Vaccination in Bombay 1902-1912 - 1902-1912
Year: 1902
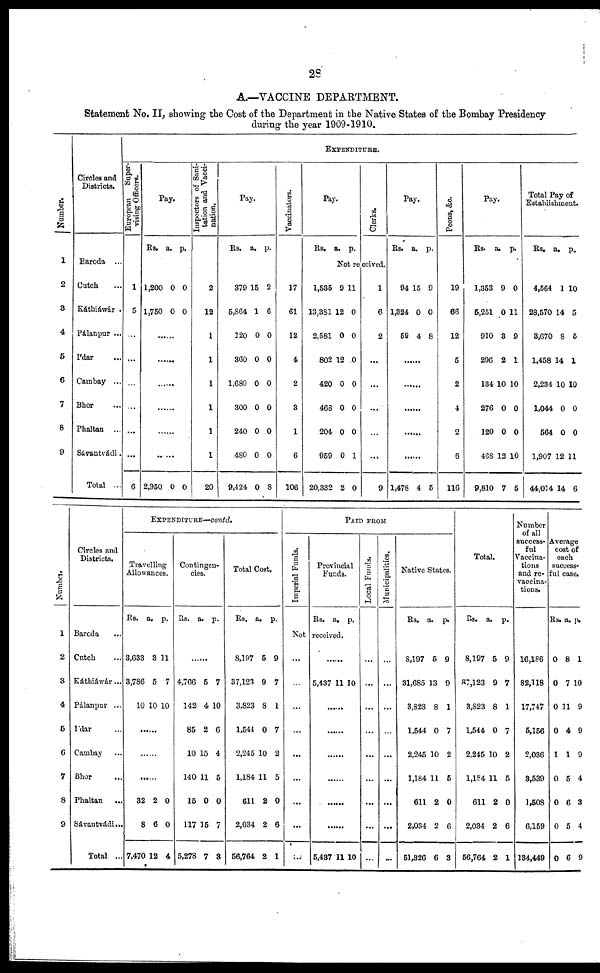
28
A.—VACCINE DEPARTMENT.
Statement No. II, showing the Cost of the Department in the Native States of the Bombay Presidency
during the year 1909-1910.
Number.
1
2
3
4
5
6
7
8
9
Circles and
Districts.
Baroda ...
Cutch ...
Káthiáwár .
Pálanpur ...
I'dar ...
Cambay ...
Bbor ...
Phaltan ...
Sávantvádi.
Total ...
EXPENDITURE.
European
Super-
vising Officers.
1
5
...
...
...
...
...
...
6
Pay.
Rs. a. p.
1,200
1,750
0
0
0
0
......
......
......
......
......
......
2,950 0 0
Inspectors of Sani-
tation and Vacci-
nation.
2
12
1
1
1
1
1
1
20
Pay.
Rs. a. p.
379
5,864
120
360
1,680
300
240
480
9,424
15
1
0
0
0
0
0
0
0
2
6
0
0
0
0
0
0
8
Vaccinators.
17
61
12
4
2
3
1
6
106
Pay.
Rs. a. p.
Clerks.
Not received.
1,535
13,381
2,581
802
420
468
204
959
20,332
9
12
0
12
0
0
0
0
2
11
0
0
0
0
0
0
1
0
1
6
2
...
...
...
...
...
9
Pay.
Rs. a. p.
94
1,324
59
15
0
4
9
0
8
......
......
......
......
......
1,478 4 5
Peons, &c.
19
66
12
5
2
4
2
6
116
Pay.
Rs. a. p.
1,353
5,251
910
296
134
276
120
468
9,810
9
0
3
2
10
0
0
12
7
0
11
9
1
10
0
0
10
5
Total Pay of
Establishment.
Rs. a. p.
4,564
28,570
3,670
1,458
2,234
1,044
564
1,907
44,014
1
14
8
14
10
0
0
12
14
10
5
5
1
10
0
0
11
6
Number.
1
2
3
4
5
6
7
8
9
Circles and
Districts.
Baroda ...
Cutch ...
Káthiáwár...
Pálanpur ...
I'dar ...
Cambay ...
Bhor ...
Phaltan
...
Sávantvádi...
Total ...
EXPENDITURE—contd.
Travelling
Allowances.
Rs.
a. p.
3,633
3,786
10
3
5
10
11
7
10
......
......
......
32
8
7,470
2
6
12
0
0
4
Contingen-
cies.
Rs. a. p.
......
4,766
142
85
10
140
15
117
5,278
5
4
2
15
11
0
15
7
7
10
6
4
5
0
7
3
Total Cost.
Rs. a. p.
8,197
37,123
3,823
1,544
2,245
1,184
611
2,034
56,764
5
9
8
0
10
11
2
2
2
9
7
1
7
2
5
0
6
1
PAID FROM
Imperial Funds.
Provincial
Funds.
Rs. a. p.
Not received.
...
...
...
...
...
...
...
...
...
......
5,437 11 10
......
......
......
......
......
......
5,487 11 10
Local Funds.
...
...
...
...
...
...
...
...
...
Municipalities.
...
...
...
...
...
...
...
...
...
Native States.
Rs. a. p.
8,197
31,685
3,823
1,544
2,245
1,184
611
2,034
51,326
5
13
8
0
10
11
2
2
6
9
9
1
7
2
5
0
6
3
Total.
Rs. a. p.
8,197
37,123
3,823
1,544
2,245
1,184
611
2,034
56,764
5
9
8
0
10
11
2
2
2
9
7
1
7
2
5
0
6
1
Number
of all
success-
ful
Vaccina-
tions
and re¬
vaccina-
tions.
16,186
82,118
17,747
5,156
2,036
3,539
1,508
6,159
134,449
Average
cost of
each
success-
ful case.
Rs. a. p.
0
0
0
0
1
0
0
0
0
8
7
11
4
1
5
6
5
6
1
10
9
9
9
4
3
4
9